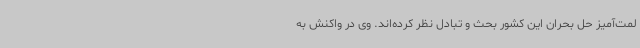
لمت‌آمیز حل بحران این کشور بحث و تبادل نظر کرده‌اند. وی در واکنش به